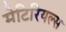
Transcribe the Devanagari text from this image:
मेटिरियल्स